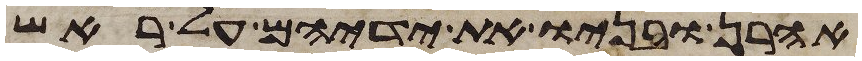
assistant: אהרן ובניו את ידיהם על ראש